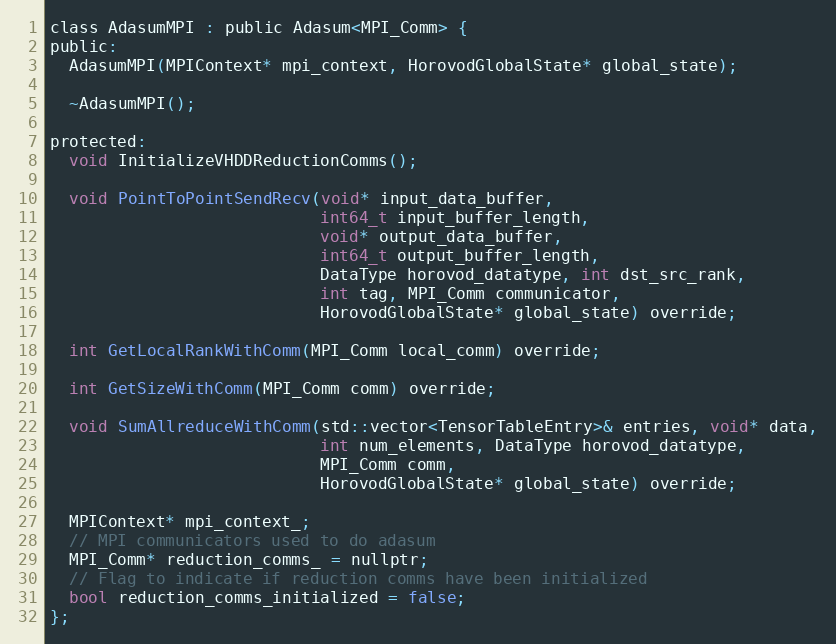
Language: C
class AdasumMPI : public Adasum<MPI_Comm> {
public:
  AdasumMPI(MPIContext* mpi_context, HorovodGlobalState* global_state);

  ~AdasumMPI();

protected:
  void InitializeVHDDReductionComms();

  void PointToPointSendRecv(void* input_data_buffer,
                            int64_t input_buffer_length,
                            void* output_data_buffer,
                            int64_t output_buffer_length,
                            DataType horovod_datatype, int dst_src_rank,
                            int tag, MPI_Comm communicator,
                            HorovodGlobalState* global_state) override;

  int GetLocalRankWithComm(MPI_Comm local_comm) override;

  int GetSizeWithComm(MPI_Comm comm) override;

  void SumAllreduceWithComm(std::vector<TensorTableEntry>& entries, void* data,
                            int num_elements, DataType horovod_datatype,
                            MPI_Comm comm,
                            HorovodGlobalState* global_state) override;

  MPIContext* mpi_context_;
  // MPI communicators used to do adasum
  MPI_Comm* reduction_comms_ = nullptr;
  // Flag to indicate if reduction comms have been initialized
  bool reduction_comms_initialized = false;
};